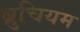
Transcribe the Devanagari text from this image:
ब्रुचियम